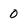
Character: 0